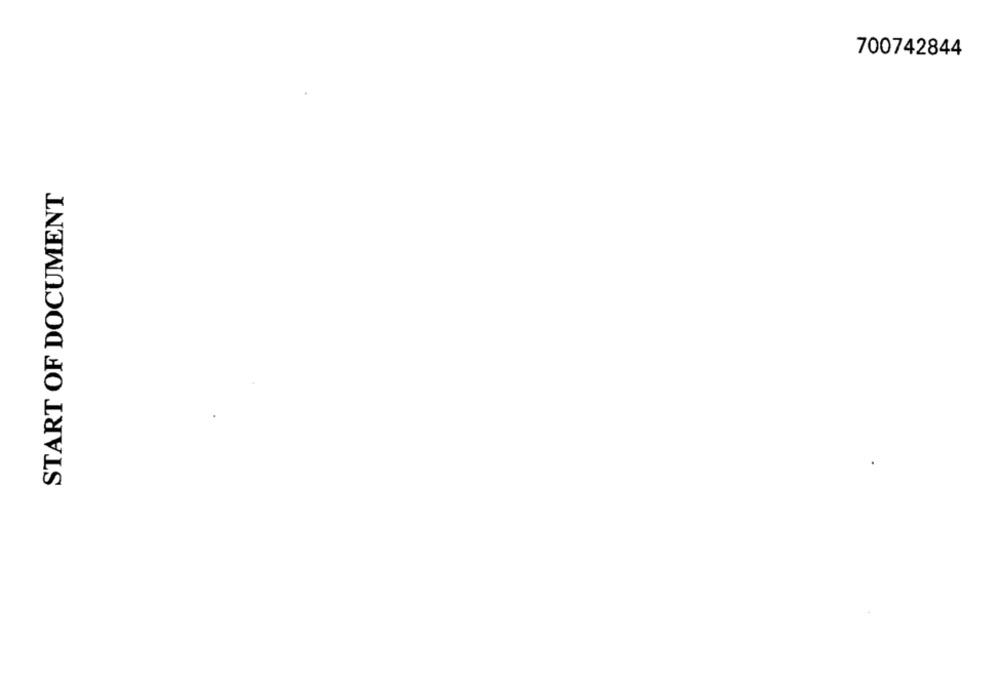
700742844
START OF DOCUMENT